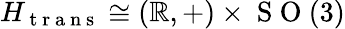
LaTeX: H_{\mathrm{~t~r~a~n~s~}}\cong(\mathbb{R},+)\times\mathrm{~S~O~}(3)